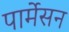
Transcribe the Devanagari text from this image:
पार्मेसन